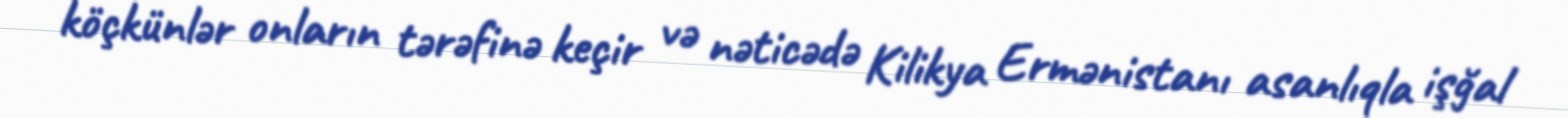
köçkünlər onların tərəfinə keçir və nəticədə Kilikya Ermənistanı asanlıqla işğal